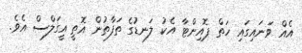
އެއް ވަނައިގައި ހަތް ޕޮއިންޓާ އެކު ލަނޑުގެ ތަފާތުން އޮތީ އީގަލްސް އެވެ.